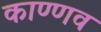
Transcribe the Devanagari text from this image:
काण्णव